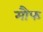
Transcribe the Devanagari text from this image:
मौफ